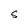
Character: S